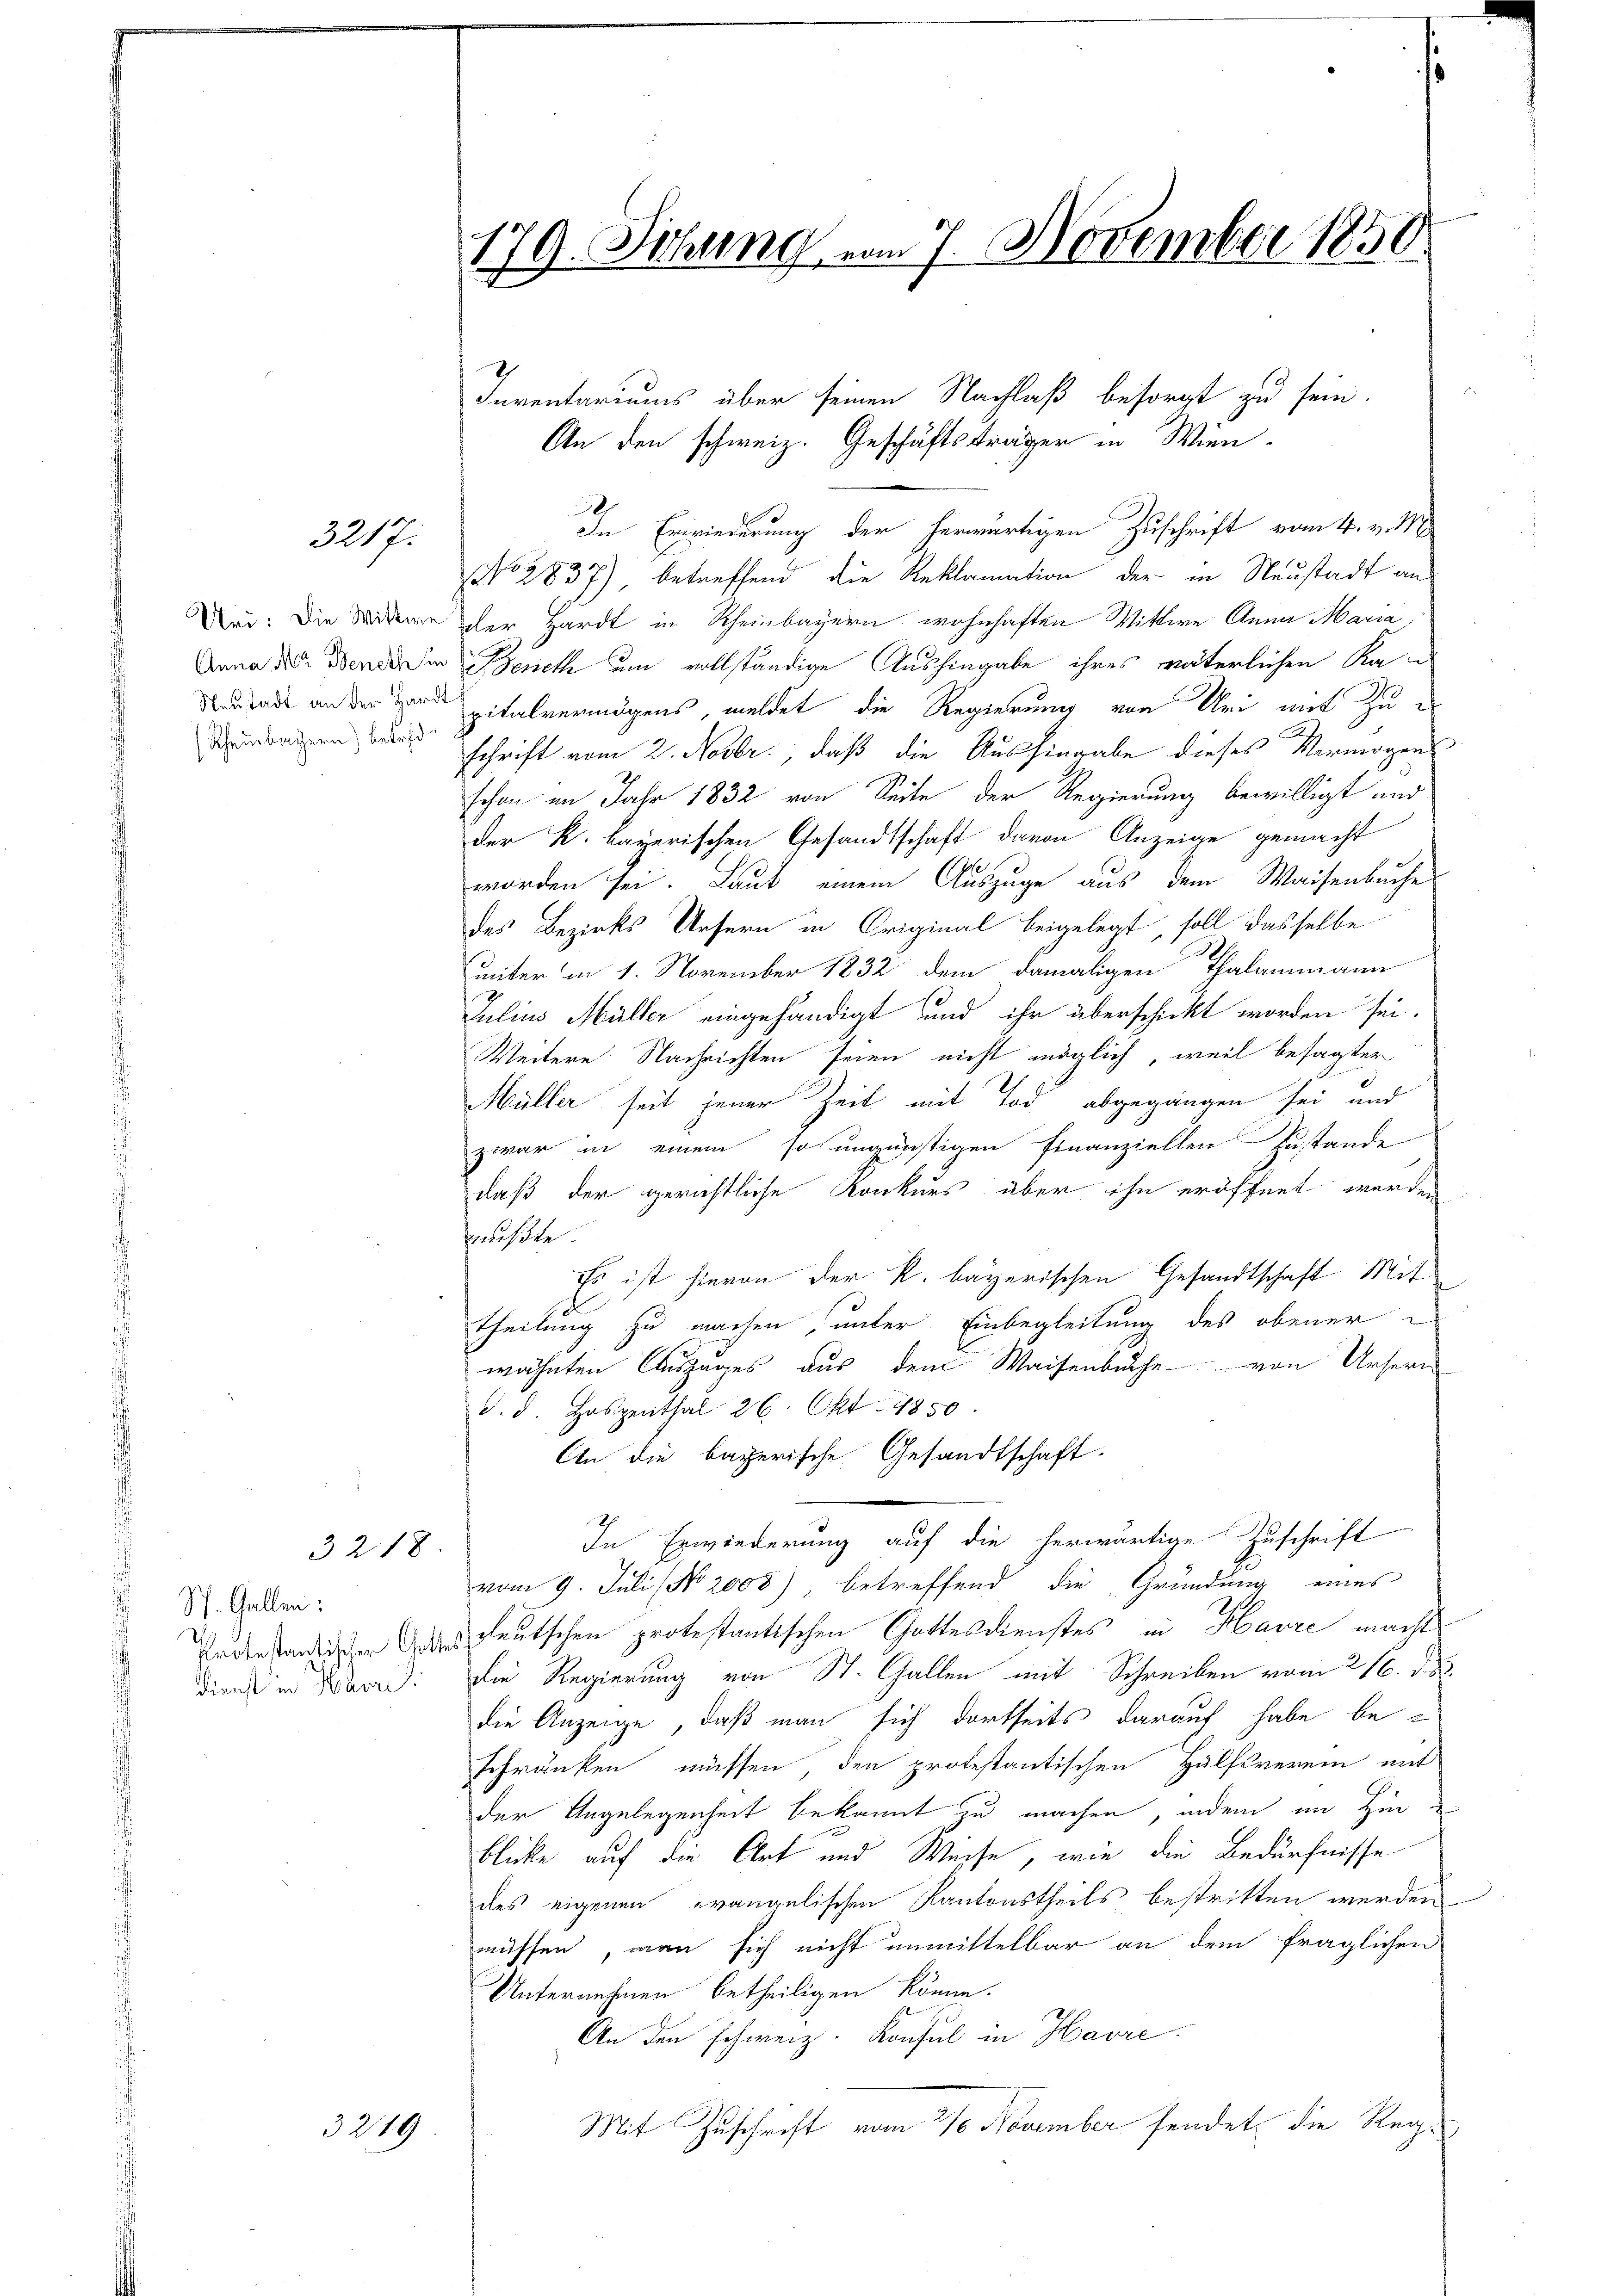
3217.

Rheinbayern) betreff

3218

St. Gallen:
Dienst in Havre

3219

2
In Erwiederung der herwärtigen Zuschrift vom 4. v. M.
No 2837) betreffend die Reklamation der in Neustadt an
Dri: Die Fordern der Hardt in Rheinbayern wohnhaften Wittwe Anna Maria,
Anna der Mende die Benet um vollständige Aushingabe ihres väterlichen Ka¬
Du halt an der Hand pitalvermögens, meldet die Regierung von Uri mit zu e
schrift vom 2. Novbr., daß die Aushingabe dieses Vermögens
schon im Jahr 1832 von Seite der Regierung bewilligt und
der k. bayerischen Gesandtschaft davon Anzeige gemacht
worden sei. Laut einem Auszüge aus dem Waisenbuche
des Bezirks Ursern in Original beigelegt, soll dasselbe
unter in 1. November 1832 dem damaligen Thalammann
Julius Müller eingehändigt und ihr überschickt worden sei.
Weitere Nachrichten seien nicht möglich, weil besagter
Müller seit jener Zeit mit Tod abgegangen sei und
zwar in einem so ungünstigen Finanziellen Zustande
daß der gerichtliche Konkurs über ihn eröffnet werden
mußte.
Es ist hievon der k. bayerischen Gesandtschaft Mit-
d
theilung zu machen, unter Einbegleitung des obener
wähnten Auszuges aus dem Waisenbuche von Ursern
d. d. Hospenthal 26. Okt 1850
An die bayerische Gesandtschaft.
In Erwiederung auf die herwärtige Zuschrift
vom 9. Juli No 2008) betreffend die Gründung eines
Enderständigen deutschen protestantischen Gottesdienstes in Havre machte
die Regierung von St. Gallen mit Schreiben vom 216. d. d.
die Anzeige, daß man sich dortseits darauf habe beschränken müssen, den protestantischen Hülfsverein mit
der Angelegenheit bekannt zu machen, indem im Hin
blicke auf die Art und Weise, wie die Bedürfnisse
des eigenen evangelischen Kantonstheils bestritten werden
müssen, man sich nicht unmittelbar an dem fraglichen
Unternehmen betheiligen könne.
An den schweiz. Konsul in Havre
Mit Zuschrift vom 27. November sendet, die Reg¬

179. Sitzung vom 7. November 1850.
t

Inventariums über seinen Nachlaß besorgt zu sein.
An den schweiz. Geschäftsträger in Wien¬